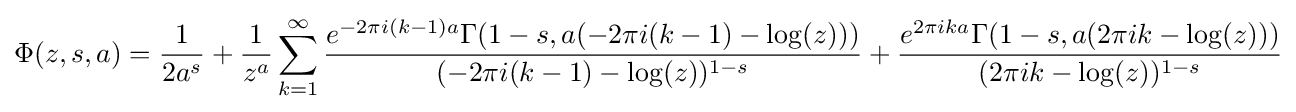
\Phi (z,s,a)={\frac {1}{2a^{s}}}+{\frac {1}{z^{a}}}\sum _{k=1}^{\infty }{\frac {e^{-2\pi i(k-1)a}\Gamma (1-s,a(-2\pi i(k-1)-\log(z)))}{(-2\pi i(k-1)-\log(z))^{1-s}}}+{\frac {e^{2\pi ika}\Gamma (1-s,a(2\pi ik-\log(z)))}{(2\pi ik-\log(z))^{1-s}}}